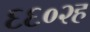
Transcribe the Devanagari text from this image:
६६०२ह